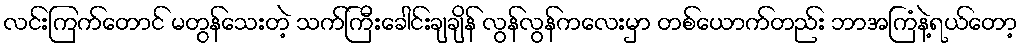
လင်းကြက်တောင် မတွန်သေးတဲ့ သက်ကြီးခေါင်းချချိန် လွန်လွန်ကလေးမှာ တစ်ယောက်တည်း ဘာအကြံနဲ့ရယ်တော့